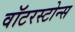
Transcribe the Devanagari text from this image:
वॉटरस्टोन्स